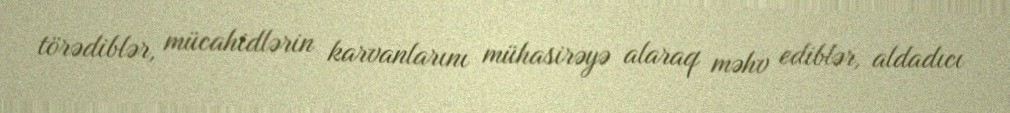
törədiblər, mücahidlərin karvanlarını mühasirəyə alaraq məhv ediblər, aldadıcı